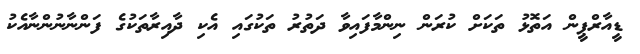
ޑީއާރްޕީން އަތޮޅު ތަކަށް ކުރަން ނިންމާފައިވާ ދަތުރު ތަކުގައި އެކި ދާއިރާތަކުގެ ފަންނާނުންނާއެކު